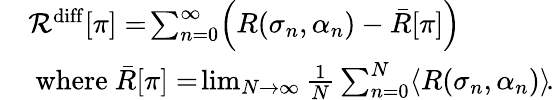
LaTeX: \begin{array}{rl}&{\mathcal{R}^{\mathrm{diff}}[\pi]=\! \sum_{n=0}^{\infty}\! \left(R(\sigma_{n},\alpha_{n})-\bar{R}[\pi]\right)\! }\\ &{\mathrm{~where~}\bar{R}[\pi]=\! \operatorname*{lim}_{N\to\infty}\frac{1}{N}\sum_{n=0}^{N}\! \left\langle R(\sigma_{n},\alpha_{n})\right\rangle\! .}\end{array}